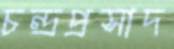
চন্দ্রপ্রসাদ